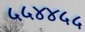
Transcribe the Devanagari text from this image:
५५४४५५